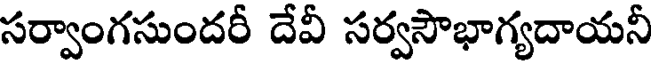
సర్వాంగసుందరీ దేవీ సర్వసౌభాగ్యదాయనీ